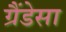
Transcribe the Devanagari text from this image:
ग्रैंडेसा